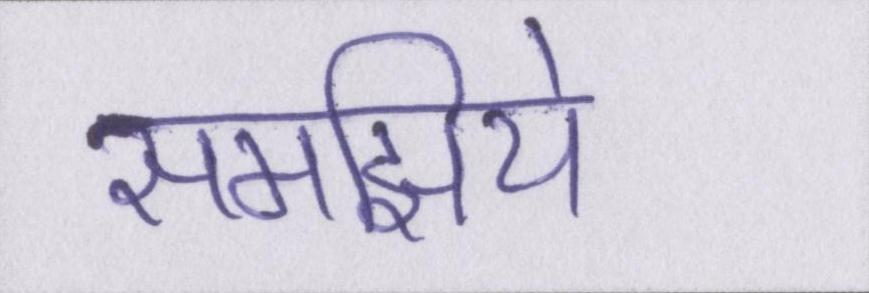
समझिये